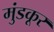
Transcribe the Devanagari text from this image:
मुंडकूर